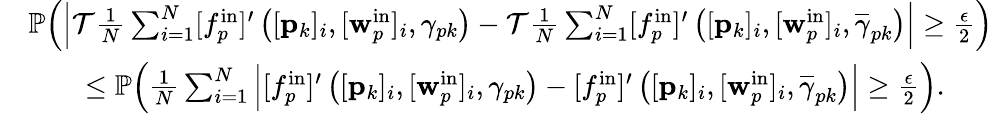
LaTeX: \begin{array}{rl}&{\mathbb{P}\Big(\Big|\mathcal{T}\frac{1}{N}\sum_{i=1}^{N}[f_{p}^{\mathrm{in}}]^{\prime}\left([\mathbf{p}_{k}]_{i},[\mathbf{w}_{p}^{\mathrm{in}}]_{i},\gamma_{pk}\right)-\mathcal{T}\frac{1}{N}\sum_{i=1}^{N}[f_{p}^{\mathrm{in}}]^{\prime}\left([\mathbf{p}_{k}]_{i},[\mathbf{w}_{p}^{\mathrm{in}}]_{i},\overline{{\gamma}}_{pk}\right)\Big|\geq\frac{\epsilon}{2}\Big)}\\ &{\qquad\leq\mathbb{P}\Big(\frac{1}{N}\sum_{i=1}^{N}\Big|[f_{p}^{\mathrm{in}}]^{\prime}\left([\mathbf{p}_{k}]_{i},[\mathbf{w}_{p}^{\mathrm{in}}]_{i},\gamma_{pk}\right)-[f_{p}^{\mathrm{in}}]^{\prime}\left([\mathbf{p}_{k}]_{i},[\mathbf{w}_{p}^{\mathrm{in}}]_{i},\overline{{\gamma}}_{pk}\right)\Big|\geq\frac{\epsilon}{2}\Big).}\end{array}